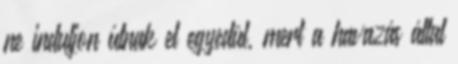
ne induljon útnak el egyedül, mert a havazás által